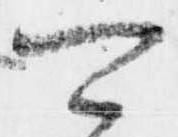
可